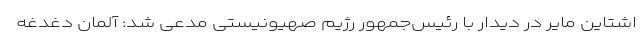
اشتاین مایر در دیدار با رئیس‌جمهور رژیم صهیونیستی مدعی شد: آلمان دغدغه